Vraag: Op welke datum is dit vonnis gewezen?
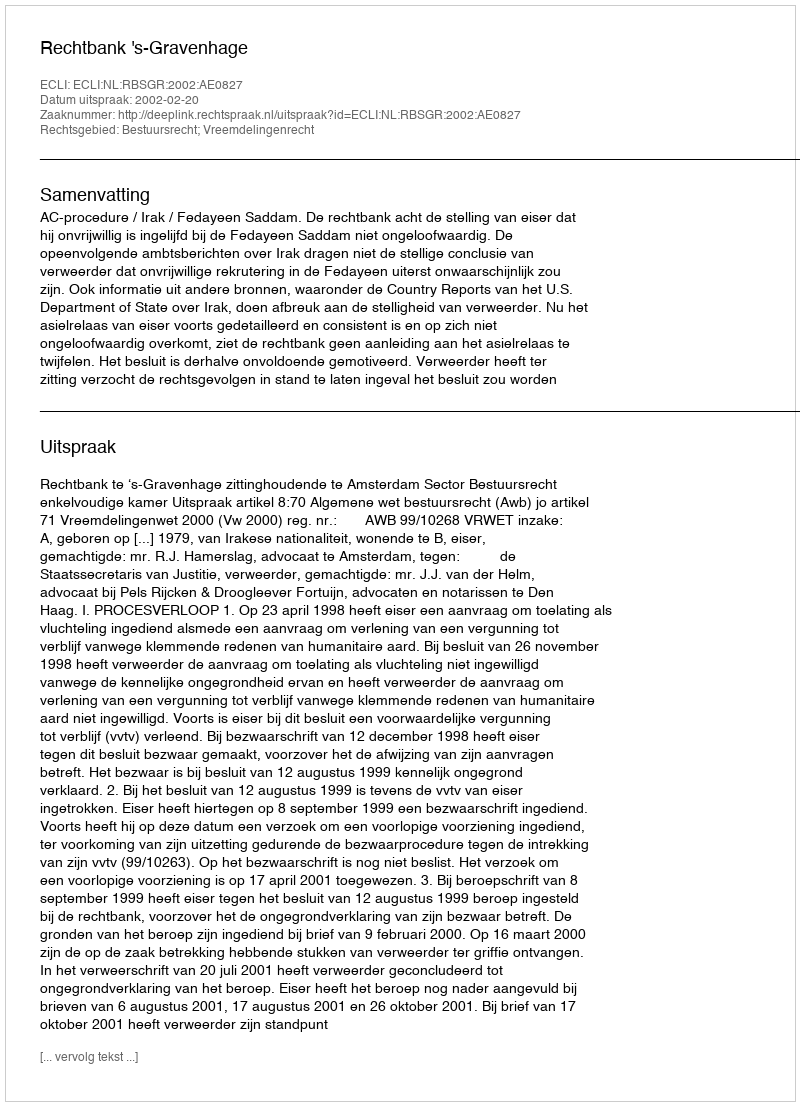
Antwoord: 2002-02-20